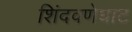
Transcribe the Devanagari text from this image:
शिंदवणेघाट